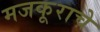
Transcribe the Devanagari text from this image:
मजकूराचे